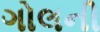
ગોલની